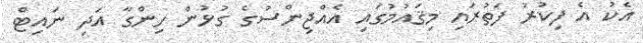
އެކު އެ ފިކުރު ފަތުުރައި މިޤައުމުގައިި އެއްޖިންސުގެ ގުޅުން ހިންގާ އަދި ނައިޓް